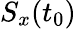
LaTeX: S_{x}(t_{0})